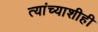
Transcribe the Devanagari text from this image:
त्यांच्याशीही